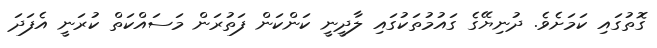
ގޮތުގައި ކަމަށެވެ. ދުނިޔޭގެ ގައުމުތަކުގައި ލާދީނީ ކަންކަން ފަތުރަން މަސައްކަތް ކުރަނީ އެފަދަ